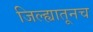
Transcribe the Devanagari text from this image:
जिल्ह्यातूनच